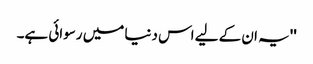
''یہ ان کے لیے اس دنیا میں رسوائی ہے۔